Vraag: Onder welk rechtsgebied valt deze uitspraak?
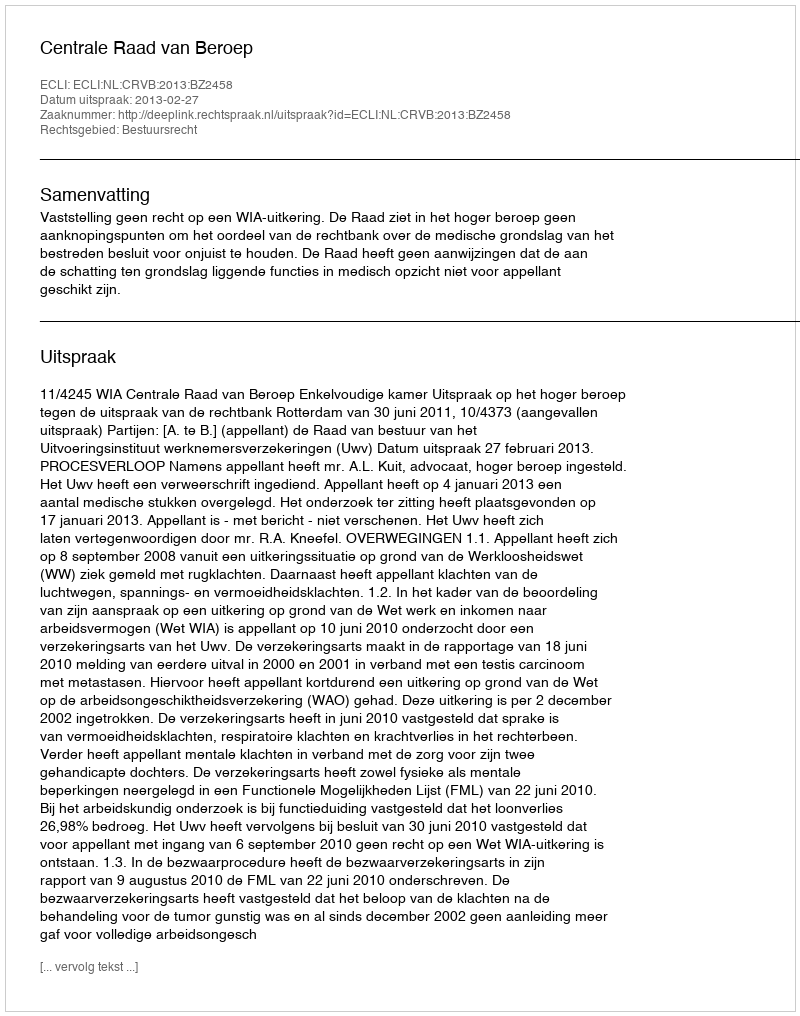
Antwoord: Bestuursrecht